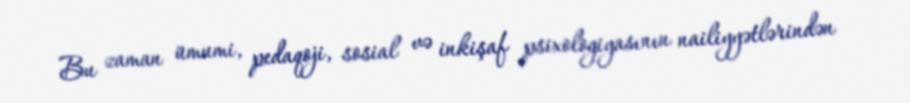
Bu zaman ümumi, pedaqoji, sosial və inkişaf psixologiyasının nailiyyətlərindən